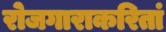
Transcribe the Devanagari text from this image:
रोजगाराकरितां